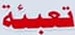
تعبئة